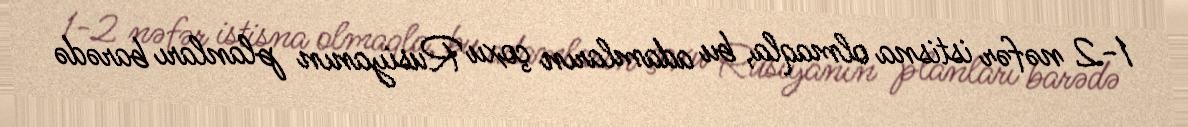
1-2 nəfər istisna olmaqla, bu adamların çoxu Rusiyanın planları barədə